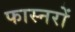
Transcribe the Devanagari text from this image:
फास्नरों